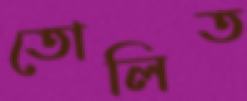
তোলিত